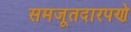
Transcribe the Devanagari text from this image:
समजूतदारपणे